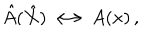
LaTeX: \hat { A } ( \hat { X } ) \longleftrightarrow A ( x ) \, ,